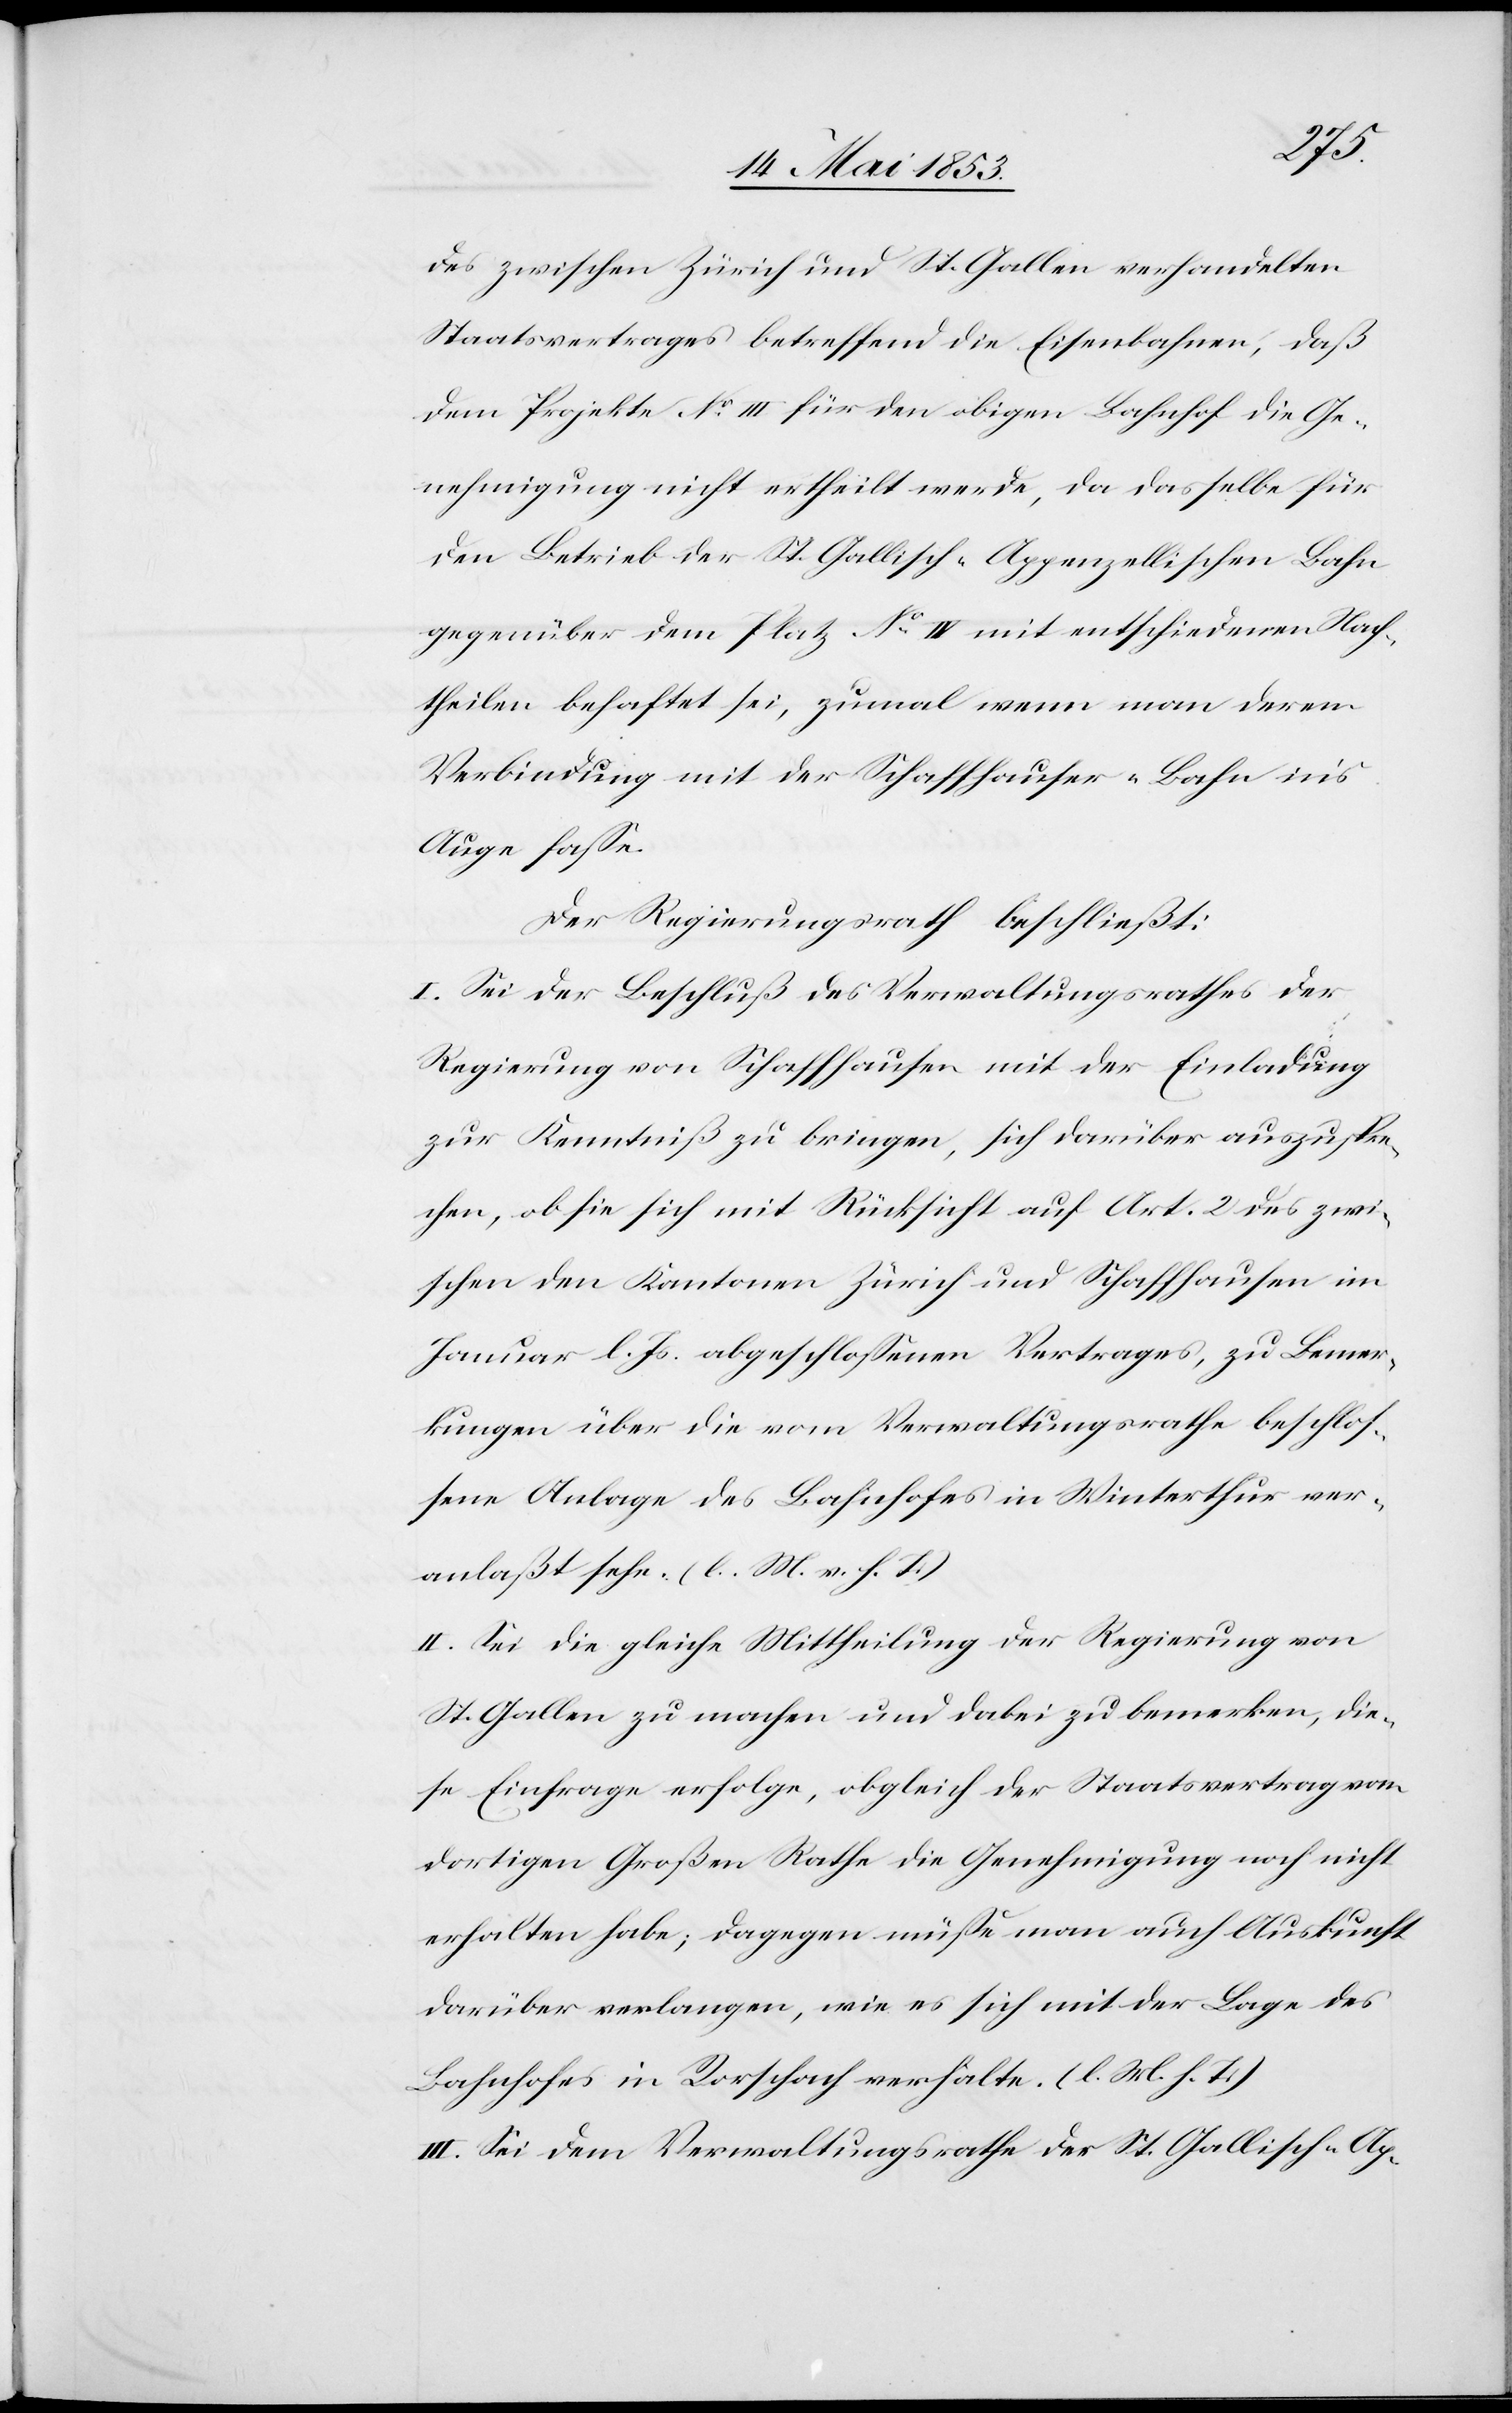
des zwischen Zürich und St. Gallen verhandelten
Staatsvertrages betreffend die Eisenbahnen, daß
dem Projekte N°. III für den obigen Bahnhof die Ge¬
nehmigung nicht ertheilt werde, da dasselbe für
den Betrieb der St. Gallisch-Appenzellischen Bahn
gegenüber dem Platz N°. IV mit entschiedenen Nach¬
theilen behaftet sei, zumal wenn man deren
Verbindung mit der Schaffhauser-Bahn in’s
Auge faße.
Der Regierungsrath beschließt:
I. Sei der Beschluß des Verwaltungsrathes der
Regierung von Schaffhausen mit der Einladung
zur Kenntniß zu bringen, sich darüber auszuspre¬
chen, ob sie sich mit Rücksicht auf Art. 2 des zwi¬
schen den Kantonen Zürich und Schaffhausen im
Januar l. Js. abgeschloßenen Vertrages, zu Bemer¬
kungen über die vom Verwaltungsrathe beschloß¬
ene Anlage des Bahnhofes in Winterthur ver¬
anlaßt sehe. [l. M. v. h. T]
II. Sei die gleiche Mittheilung der Regierung von
St. Gallen zu machen und dabei zu bemerken, die¬
se Einfrage erfolge, obgleich der Staatsvertrag von
dortigem Großen Rathe die Genehmigung noch nicht
erhalten habe; dagegen müße man auch Auskunft
darüber verlangen, wie es sich mit der Lage des
Bahnhofes in Rorschach verhalte. [l. M. h. T]
III. Sei dem Verwaltungsrathe der St. Gallisch-Ap-